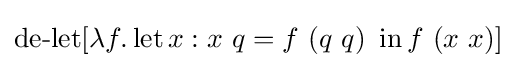
\operatorname {de-let} [\lambda f.\operatorname {let} x:x\ q=f\ (q\ q)\ \operatorname {in} f\ (x\ x)]